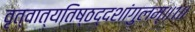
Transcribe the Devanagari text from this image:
वृत्वात्यतिष्ठद्दशांगुलम्॥१॥